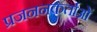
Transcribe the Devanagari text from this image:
प्रजननकर्ताओं